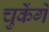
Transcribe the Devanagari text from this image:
चुकेंगे